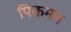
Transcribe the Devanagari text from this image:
पिकमन